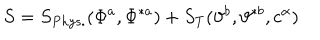
LaTeX: S = S _ { P h y s . } ( \Phi ^ { a } , \Phi ^ { \ast a } ) + S _ { T } ( \vartheta ^ { b } , \vartheta ^ { \ast b } , c ^ { \alpha } )